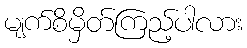
မျက်စိမှိတ်ကြည့်ပါလား